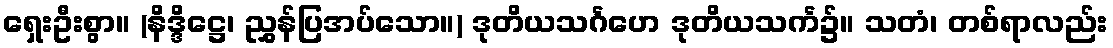
ရှေးဦးစွာ။ (နိဒ္ဒိဋ္ဌေ၊ ညွှန်ပြအပ်သော။) ဒုတိယသင်္ဂဟေ ဒုတိယသင်္က၌။ သတံ၊ တစ်ရာလည်း